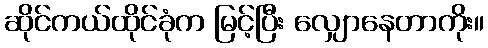
ဆိုင်ကယ်ထိုင်ခုံက မြင့်ပြီး လျှောနေတာကိုး။